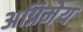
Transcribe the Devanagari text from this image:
अप्रिमेय